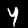
Digit: 4